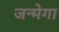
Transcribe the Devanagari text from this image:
जन्मेगा